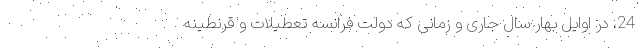
24، در اوایل بهار سال جاری و زمانی که دولت فرانسه تعطیلات و قرنطینه